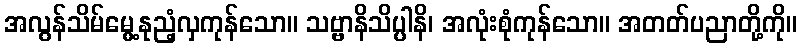
အလွန်သိမ်မွေ့နုညံ့လှကုန်သော။ သဗ္ဗာနိသိပ္ပါနိ၊ အလုံးစုံကုန်သော။ အတတ်ပညာတို့ကို။